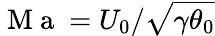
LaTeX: \mathrm{~M~a~}=U_{0}/\sqrt{\gamma\theta_{0}}